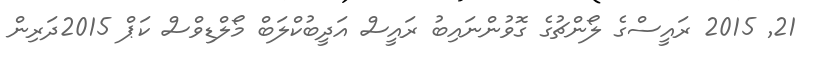
21